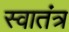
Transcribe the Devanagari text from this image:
स्‍वातंत्र